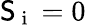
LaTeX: \mathsf{S}_{\mathrm{{~i~}}}=0